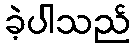
ခဲ့ပါသည်